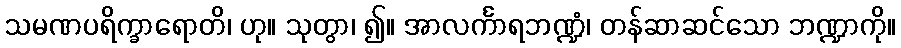
သမဏပရိက္ခာရောတိ၊ ဟု။ သုတွာ၊ ၍။ အာလင်္ကာရဘဏ္ဍံ၊ တန်ဆာဆင်သော ဘဏ္ဍာကို။